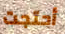
أحتجت